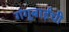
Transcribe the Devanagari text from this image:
गंगूबाईंची